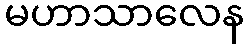
မဟာသာလေန